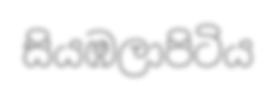
සියඹලාපිටිය